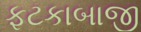
ફટકાબાજી